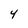
Character: 4